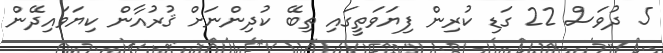
5 ދުވަސް 22 ގަޑި ކުރިން ފިޔަވަތީގައި ތިބޭ ކުދިންނަށް ޤުރުއާން ކިޔަވައިދޭން